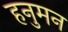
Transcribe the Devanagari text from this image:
हनुमन